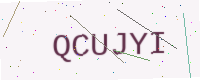
Text: QCUJYI